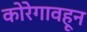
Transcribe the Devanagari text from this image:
कोरेगावहून